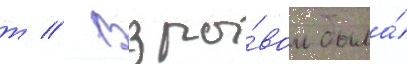
т // Взры́вом была́